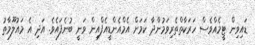
ޑައިވިން ޓީމެއްވެސް ހަރަކާތްތެރިވަމުންދާ ކަމަށް އެމްއެންޑީއެފްއިން ވަނީ ބުނެފައެވެ. އަދި އެ މައުލޫމާތު